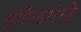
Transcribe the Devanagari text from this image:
हॉरिझोन्ते